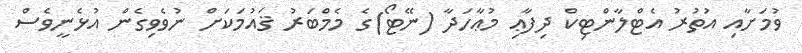
ވުމަށާއި އުތުރު އެޓްލާންޓިކް ދިފާޢި މުޢާހަދާ (ނޭޓޯ)ގެ މެމްބަރު ޤައުމަކަށް ނުވެވިގެން އުޅެނީވެސް